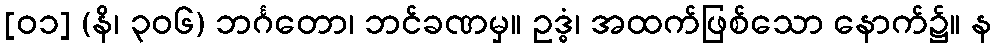
[၀၁] (နိ၊ ၃၀၆) ဘင်္ဂတော၊ ဘင်ခဏမှ။ ဥဒ္ဓံ၊ အထက်ဖြစ်သော နောက်၌။ န